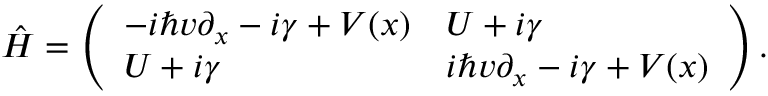
\hat { H } = \left( \begin{array} { l l } { - i \hbar v \partial _ { x } - i \gamma + V ( x ) } & { U + i \gamma } \\ { U + i \gamma } & { i \hbar v \partial _ { x } - i \gamma + V ( x ) } \end{array} \right) .